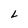
Character: L